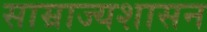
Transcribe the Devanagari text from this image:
साम्राज्यशासन